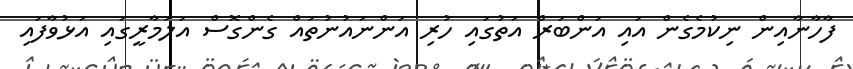
ފާހާނާއިން ނިކުމެގެން އައި އަންބަރް އަތުގައި ހުރި އަންނައުނުތައް ގެންގޮސް އަލަމާރީގައި އަޅުވާފައި